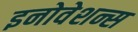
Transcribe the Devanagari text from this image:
इनोवेशन्स